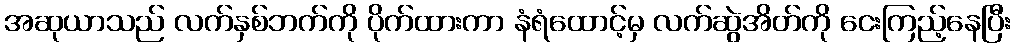
အဆုယာသည် လက်နှစ်ဘက်ကို ပိုက်ထားကာ နံရံထောင့်မှ လက်ဆွဲအိတ်ကို ငေးကြည့်နေပြီး